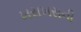
ખસખસની